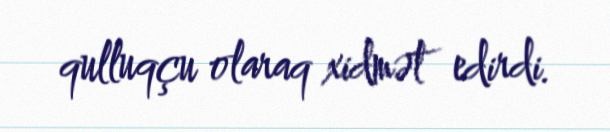
qulluqçu olaraq xidmət edirdi.